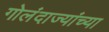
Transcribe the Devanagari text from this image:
गोलंदाज्यांच्या